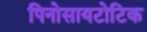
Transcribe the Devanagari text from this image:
पिनोसायटोटिक